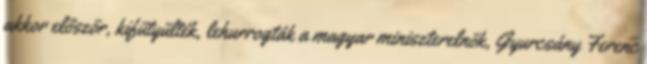
akkor először, kifütyülték, lehurrogták a magyar miniszterelnök, Gyurcsány Ferenc